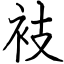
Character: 衼